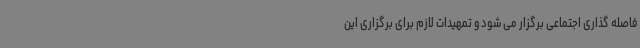
فاصله گذاری اجتماعی برگزار می شود و تمهیدات لازم برای برگزاری این